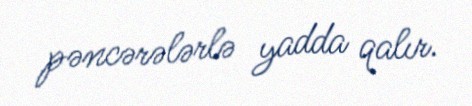
pəncərələrlə yadda qalır.